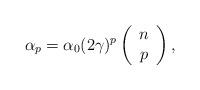
LaTeX: \begin{align*}\alpha _{p}=\alpha _{0}(2\gamma )^{p}\left( \begin{array}{c}n \\ p\end{array}\right) , \end{align*}